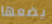
يضعها